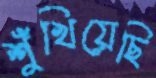
শুঁখিয়েছি